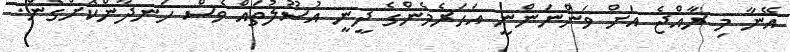
އޭނާ މި ރާއްޖެ އަށް ވަންނަންނީ އަހަރެމެންގެ ދީނީ އުސޫލުތައް ވެސް ހަނދާންކޮށްގެން.